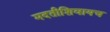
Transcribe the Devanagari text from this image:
मदतीशिवायच